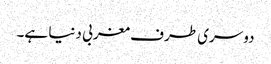
دوسری طرف مغربی دنیا ہے۔